Punjab Mental Hospital Lahore 1922-31 - 1922-1931
Year: 1922
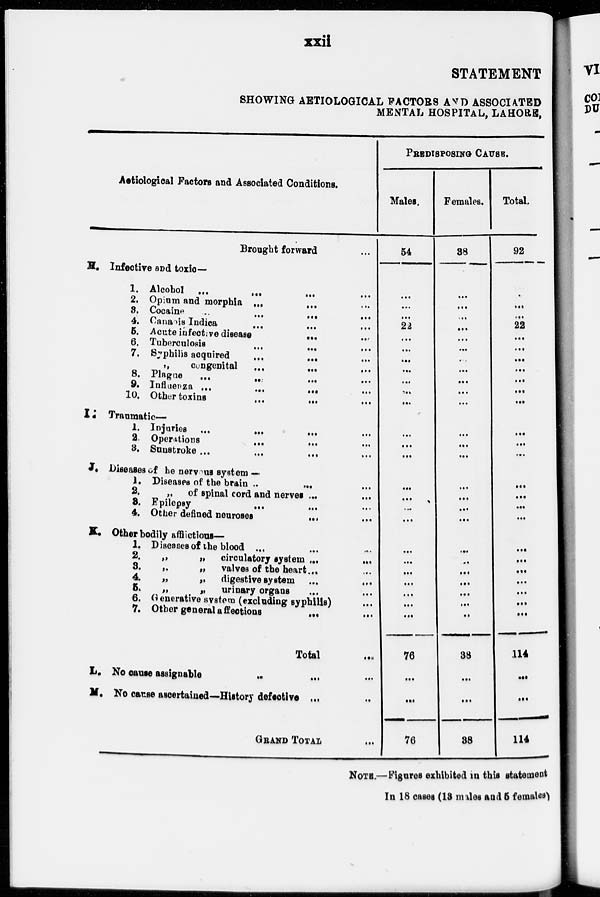
xxii
STATEMENT
SHOWING AETIOLOGICAL FACTORS AND ASSOCIATED
MENTAL HOSPITAL, LAHORE,
Aetiological Factors and Associated Conditions.
H.
I.
J.
K.
L.
M.
Brought forward ...
Infective and toxic—
1. Alcohol ... ... ... ...
2. Opium and morphia ... ... ...
3. Cocaine ... ... ... ...
4. Canaois Indica
...
...
...
...
6. Acute infective disease
...
...
6. Tuberculosis ... ... ...
7. Syphilis acquired ... ... ...
„ congenital ... ... ...
8. Plague ... ... ... ...
9. Influenza ... ... ... ...
10. Other toxins ... ... ...
Traumatic—
1. Injuries ... ... ... ...
2. Operations ... ... ...
3. Sunstroke ... ... ... ...
Diseases of he nervous system —
1. Diseases of the brain ... ... ...
2.
„ of spinal cord and nerves
...
...
3. Epilepsy ... ... ...
4. Other defined neuroses
...
...
Other bodily afflictious—
1. Diseases of the blood ... ... ...
2
.
„
„
circulatory system ... ...
3.
„
„
valves of the heart ... ...
4.
„
„
digestive system ... ...
5. „
„
urinary organs ... ...
6. Generative system (excluding syphilis) ...
7. Other general affections ... ...
Total ...
No cause assignable ... ... ...
No cause ascertained—History defective ... ...
GRAND TOTAL ...
PREDISPOSING CAUSE.
Males.
54
...
...
...
22
...
...
...
...
...
...
...
...
...
...
...
...
...
...
...
...
...
...
...
...
...
76
...
...
76
Females.
38
...
...
...
...
...
...
...
...
...
...
...
...
...
...
...
...
...
...
...
...
...
...
...
...
...
38
...
...
38
Total.
92
...
...
...
22
...
...
...
...
...
...
...
...
...
...
...
...
...
...
...
...
...
...
...
...
...
114
...
...
114
NOTE.—Figures exhibited in this statement
In 18 cases (13 males and 5 females)